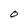
Character: 0